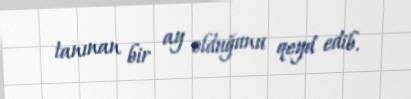
tanınan bir ay olduğunu qeyd edib.